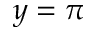
y = \pi